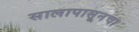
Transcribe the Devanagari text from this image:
सालापासूनचा